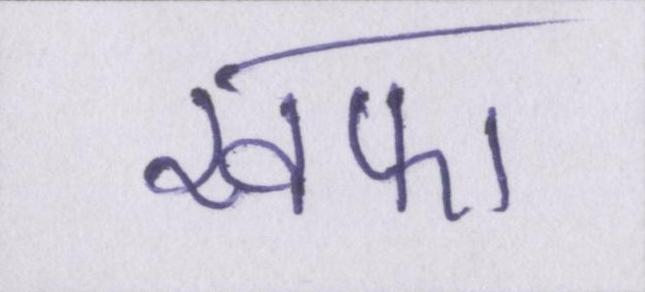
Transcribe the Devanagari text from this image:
खफा